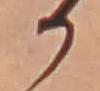
か